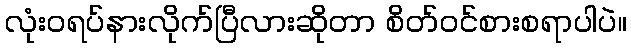
လုံးဝရပ်နားလိုက်ပြီလားဆိုတာ စိတ်ဝင်စားစရာပါပဲ။